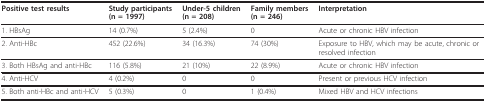
<table><thead><tr><td><b>Positive test results</b></td><td><b>Study participants (n = 1997)</b></td><td><b>Under-5 children (n = 208)</b></td><td><b>Family members (n = 246)</b></td><td><b>Interpretation</b></td></tr></thead><tbody><tr><td>1. HBsAg</td><td>14 (0.7%)</td><td>5 (2.4%)</td><td>0</td><td>Acute or chronic HBV infection</td></tr><tr><td>2. Anti-HBc</td><td>452 (22.6%)</td><td>34 (16.3%)</td><td>74 (30%)</td><td>Exposure to HBV, which may be acute, chronic or resolved infection</td></tr><tr><td>3. Both HBsAg and anti-HBc</td><td>116 (5.8%)</td><td>21 (10%)</td><td>22 (8.9%)</td><td>Acute or chronic HBV infection</td></tr><tr><td>4. Anti-HCV</td><td>4 (0.2%)</td><td>0</td><td>0</td><td>Present or previous HCV infection</td></tr><tr><td>5. Both anti-HBc and anti-HCV</td><td>5 (0.3%)</td><td>0</td><td>1 (0.4%)</td><td>Mixed HBV and HCV infections</td></tr></tbody></table>